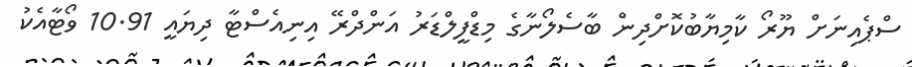
ސްޕެއިނަށް ޔޫރޯ ކާމިޔާބުކޮށްދިން ބާސެލޯނާގެ މިޑްފީލްޑަރު އަންދްރޭ އިނިއެސްޓާ ދިޔައީ 10.91 ވޯޓާއެކު